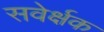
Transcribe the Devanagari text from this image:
सवेर्क्षक